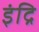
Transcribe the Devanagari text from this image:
इंद्रि